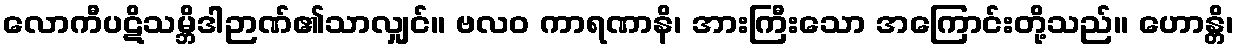
လောကီပဋိသမ္ဘိဒါဉာဏ်၏သာလျှင်။ ဗလဝ ကာရဏာနိ၊ အားကြီးသော အကြောင်းတို့သည်။ ဟောန္တိ၊